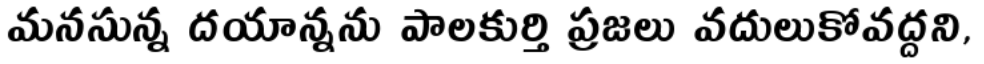
మనసున్న దయాన్నను పాలకుర్తి ప్రజలు వదులుకోవద్దని,